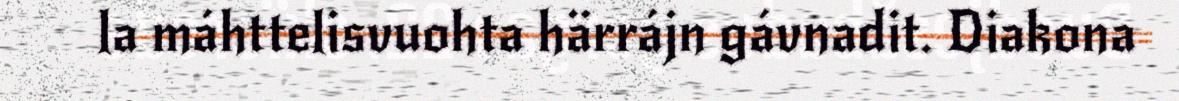
la máhttelisvuohta härrájn gávnadit. Diakona